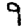
Digit: 9